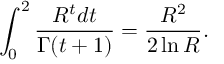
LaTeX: \int _ { 0 } ^ { 2 } \frac { R ^ { t } d t } { \Gamma ( t + 1 ) } = \frac { R ^ { 2 } } { 2 \ln R } .